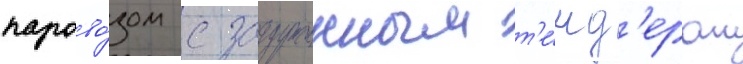
парово́зом с загруженным т'е́нд'ером